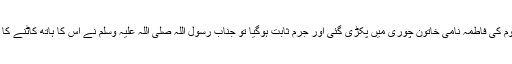
بنو مخزوم کی فاطمہؓ نامی خاتون چوری میں پکڑی گئی اور جرم ثابت ہوگیا تو جناب رسول اللہ صلی اللہ علیہ وسلم نے اس کا ہاتھ کاٹنے کا حکم دیا۔